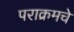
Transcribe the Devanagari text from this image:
पराक्रमचे